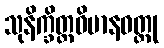
သုနိက္ခိတ္တဝိမာနဝတ္ထု